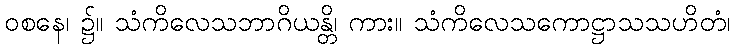
ဝစနေ၊ ၌။ သံကိလေသဘာဂိယန္တိ၊ ကား။ သံကိလေသကောဋ္ဌာသသဟိတံ၊